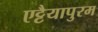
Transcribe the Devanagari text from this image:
एट्टैयापुरम